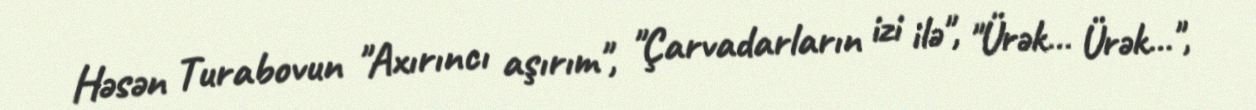
Həsən Turabovun "Axırıncı aşırım", "Çarvadarların izi ilə", "Ürək… Ürək…",